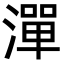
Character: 潬